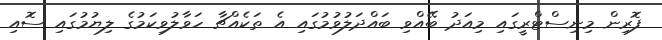
ފޮރިން މިނިސްޓްރީގައި މިއަދު ބޭއްވި ބައްދަލުވުމުގައި އެ ތަކެއްޗާ ހަވާލުވިކަމުގެ ލިޔުމުގައި ސޮއި